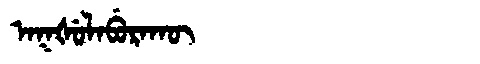
Manchu: ᠠᡴᡧᡠᠯᠠᠪᡠᡵᠠᡴᡡ
Romanization: AKŠULABURAKŪ